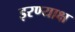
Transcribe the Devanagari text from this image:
इरण्याक्ष